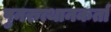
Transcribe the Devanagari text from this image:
पुनरुत्थानकर्ता